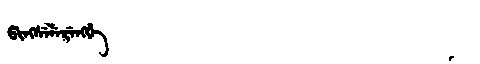
Manchu: ᡦᡳᠩᠰᡝᠯᡝᡵᡝᠩᡤᡝ
Romanization: PINGSELERENGGE